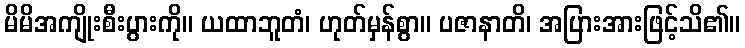
မိမိအကျိုးစီးပွားကို။ ယထာဘူတံ၊ ဟုတ်မှန်စွာ။ ပဇာနာတိ၊ အပြားအားဖြင့်သိ၏။